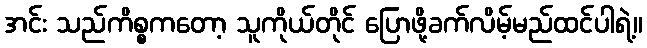
အင်း သည်ကိစ္စကတော့ သူကိုယ်တိုင် ပြောဖို့ခက်လိမ့်မည်ထင်ပါရဲ့။